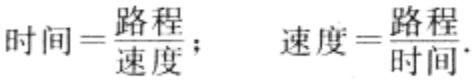
\(时间 = \frac{路程}{速度}；速度 = \frac{路程}{时间}\)